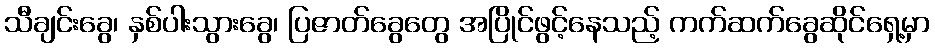
သီချင်းခွေ၊ နှစ်ပါးသွားခွေ၊ ပြဇာတ်ခွေတွေ အပြိုင်ဖွင့်နေသည့် ကက်ဆက်ခွေဆိုင်ရှေ့မှာ